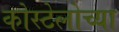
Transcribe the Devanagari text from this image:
कोस्टेलोच्या